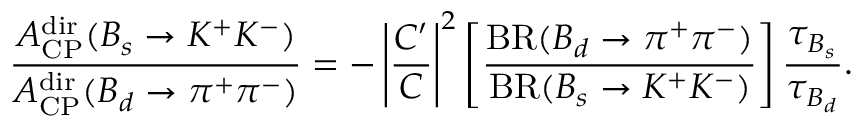
\frac { { \cal A } _ { \mathrm { C P } } ^ { \mathrm { d i r } } ( B _ { s } \to K ^ { + } K ^ { - } ) } { { \cal A } _ { \mathrm { C P } } ^ { \mathrm { d i r } } ( B _ { d } \to \pi ^ { + } \pi ^ { - } ) } = - \left| \frac { { \cal C } ^ { \prime } } { { \cal C } } \right| ^ { 2 } \left[ \frac { \mathrm { B R } ( B _ { d } \to \pi ^ { + } \pi ^ { - } ) } { \mathrm { B R } ( B _ { s } \to K ^ { + } K ^ { - } ) } \right] \frac { \tau _ { B _ { s } } } { \tau _ { B _ { d } } } .